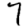
Digit: 7